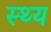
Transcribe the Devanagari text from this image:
स्थ्य